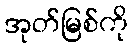
အုတ်မြစ်ကို